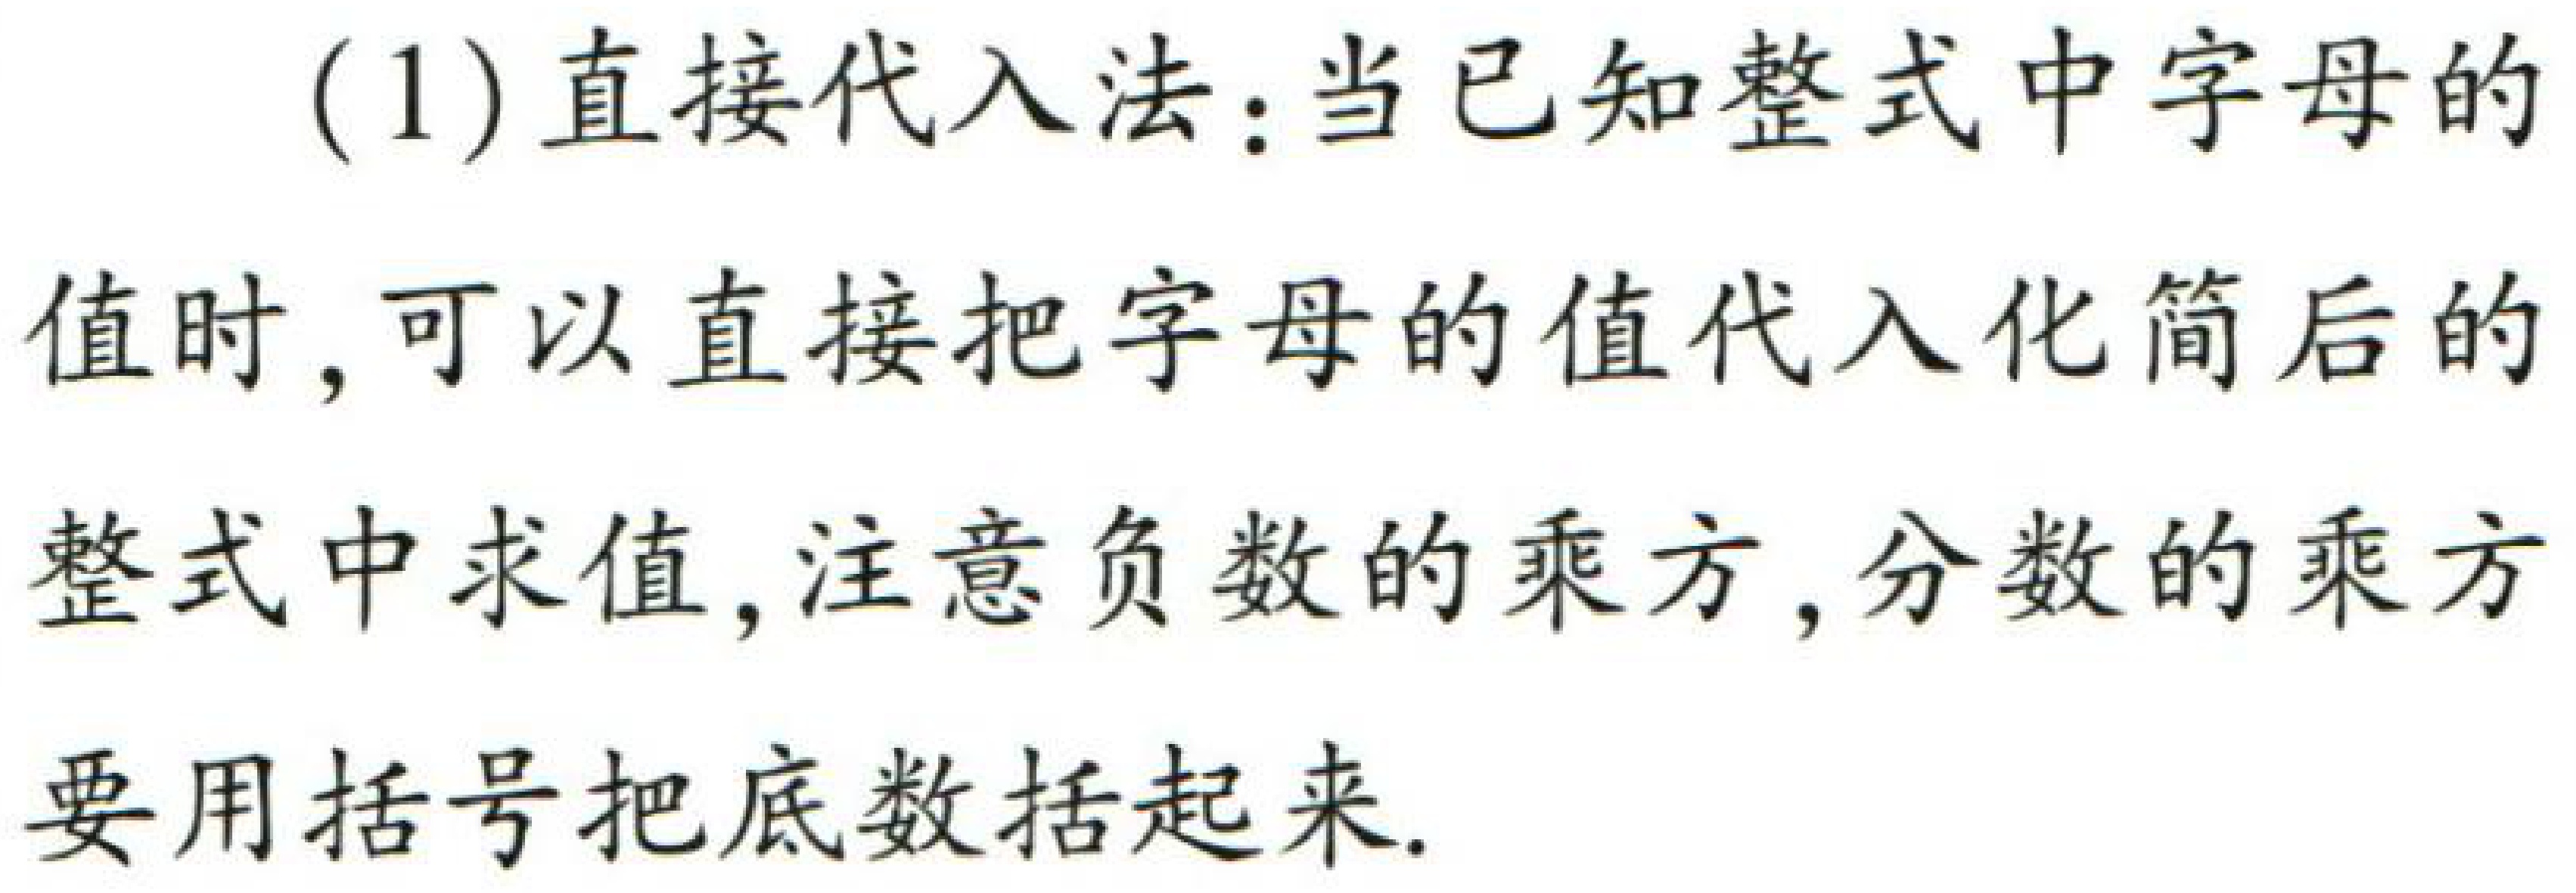
(1) 直接代入法：当已知整式中字母的值时，可以直接把字母的值代入化简后的整式中求值，注意负数的乘方，分数的乘方要用括号把底数括起来.